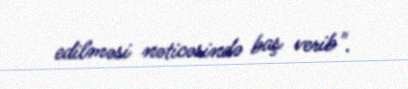
edilməsi nəticəsində baş verib".